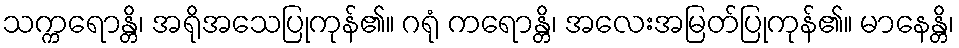
သက္ကရောန္တိ၊ အရိုအသေပြုကုန်၏။ ဂရုံ ကရောန္တိ၊ အလေးအမြတ်ပြုကုန်၏။ မာနေန္တိ၊